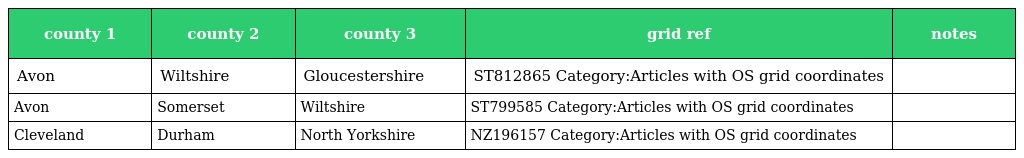
| county 1 | county 2 | county 3 | grid ref | notes |
 | --- | --- | --- | --- | --- |
 | Avon | Wiltshire | Gloucestershire | ST812865 Category:Articles with OS grid coordinates |  |
 | Avon | Somerset | Wiltshire | ST799585 Category:Articles with OS grid coordinates |  |
 | Cleveland | Durham | North Yorkshire | NZ196157 Category:Articles with OS grid coordinates |  |